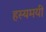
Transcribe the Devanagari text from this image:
हस्यमयी